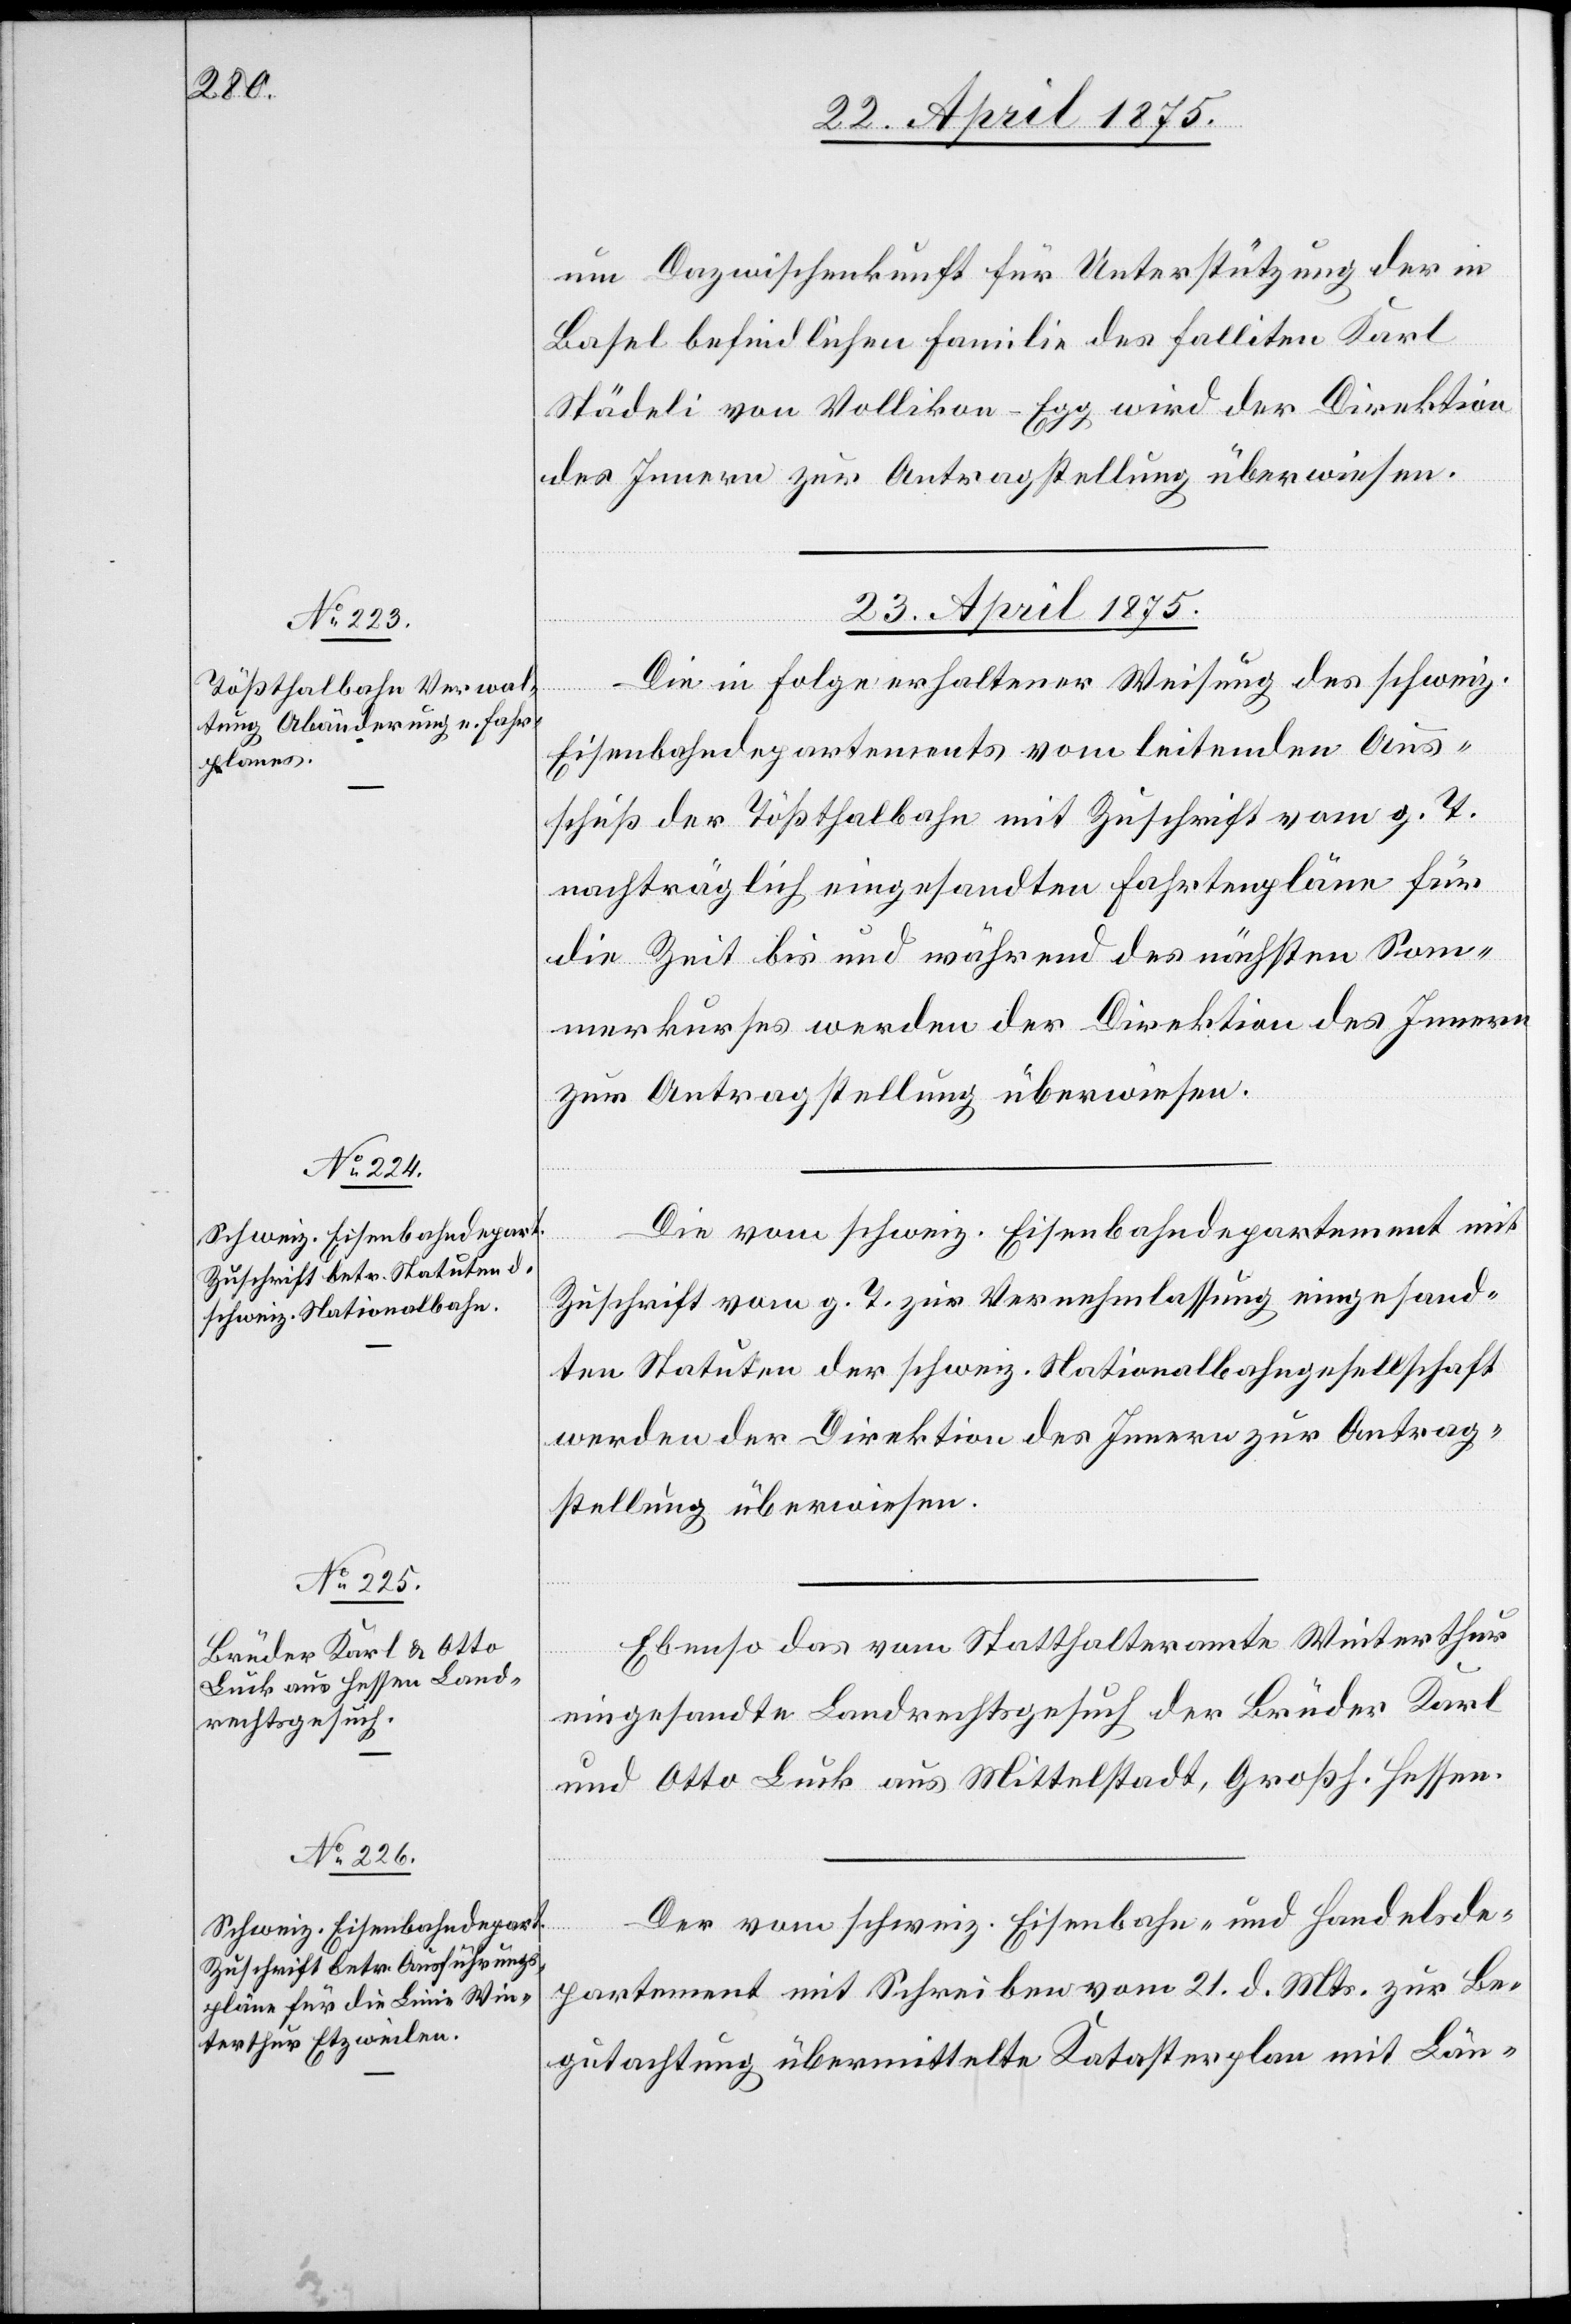
um Dazwischenkunft für Unterstützung der in
Basel befindlichen Familie des Falliten Karl
Städeli von Vollikon-Egg wird der Direktion
des Innern zur Antragstellung überwiesen.
23. April 1875.]
Die in Folge erhaltener Weisung des schweiz.
Eisenbahndepartements vom leitenden Aus¬
schuß der Tößthalbahn mit Zuschrift vom g. T.
nachträglich eingesandten Fahrtenpläne für
die Zeit bis und während des nächsten Som¬
merkurses werden der Direktion des Innern
zur Antragstellung überwiesen.
Die vom schweiz. Eisenbahndepartement mit
Zuschrift vom g. T. zur Vernehmlassung eingesand¬
ten Statuten der schweiz. Nationalbahngesellschaft
werden der Direktion des Innern zur Antrag¬
stellung überwiesen.
Ebenso das vom Statthalteramte Winterthur
eingesandte Landrechtsgesuch der Brüder Karl
und Otto Luck aus Mittelstadt, Großh. Hessen.
Der vom schweiz. Eisenbahn- und Handelsde¬
partement mit Schreiben vom 21. d. Mts. zur Be¬
gutachtung übermittelte Katasterplan mit Län-